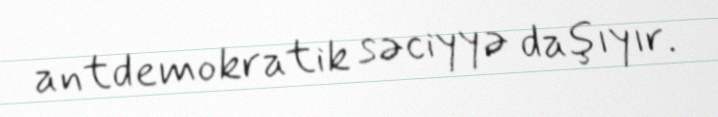
antdemokratik səciyyə daşıyır.